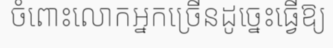
ចំពោះលោកអ្នកច្រើនដូច្នេះធ្វើឱ្យ